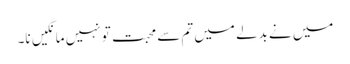
میں نے بدلے میں تم سے محبت تو نہیں مانگیں نا۔